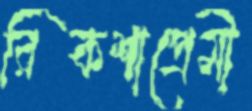
রিকশাপ্রেমী